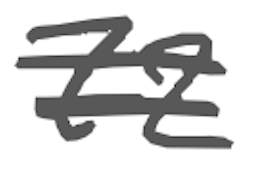
Text: 72
Cross-out: double-line
Writing tool: digital_gray